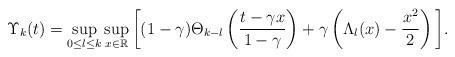
LaTeX: \begin{align*} \Upsilon_k(t) = \sup_{0 \leq l \leq k} \sup_{x \in \mathbb R} \bigg[ (1-\gamma)\Theta_{k-l}\left(\frac{t-\gamma x}{1-\gamma}\right) +\gamma \left(\Lambda_l(x)-\frac{x^{2}}{2} \right)\bigg] .\end{align*}